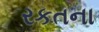
રકતના